Madras plague regulations and rules for district municipalities and other towns and villages
Disease focus: Plague
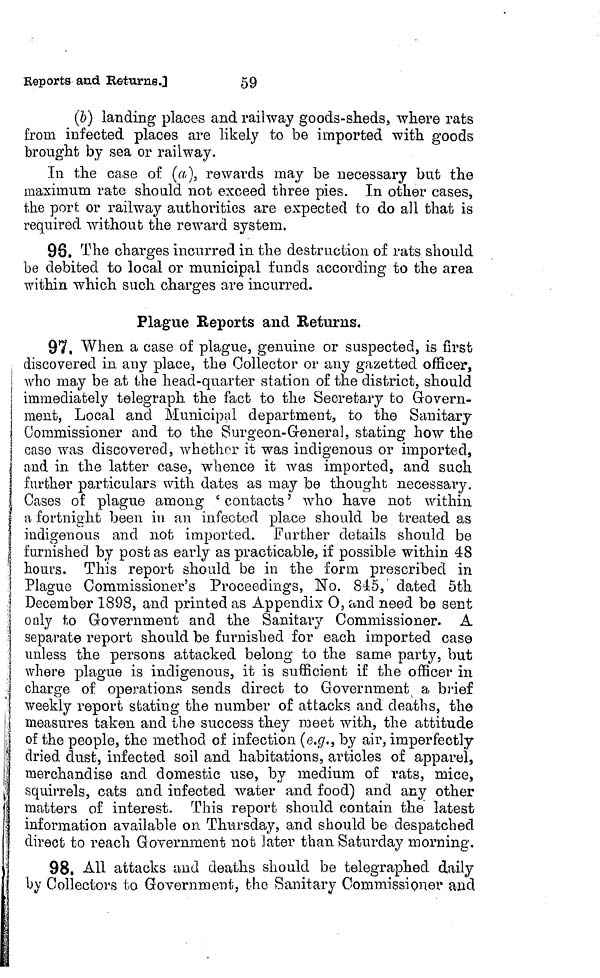
59
Eeports and Returns.]
(b) landing places and railway goods-sheds, where rats
from infected places are likely to be imported with goods
brought by sea or railway.
In the case of (a), rewards may be necessary but the
maximum rate should not exceed three pies. In other cases,
the port or railway authorities are expected to do all that is
required without the reward system.
98. The charges incurred in the destruction of rats should
he debited to local or municipal funds according to the area
within which such charges are incurred.
Plague Reports and Returns.
97, When a case of plague, genuine or suspected, is first
discovered in any place, the Collector or any gazetted officer,
who may be at the head-quarter station of the district, should
immediately telegraph the fact to the Secretary to Govern-
ment, Local and Municipal department, to the Sanitary
Commissioner and to the Surgeon-General, stating how the
case was discovered, whether it was indigenous or imported,
and in the latter case, whence it was imported, and such
further particulars with dates as may be thought necessary.
Cases of plague among ' contacts ' who have not within
a fortnight been in an infected place should be treated as
indigenous and not imported. Further details should be
furnished by post as early as practicable, if possible within 48
hours. This report should be in the form prescribed in
Plague Commissioner's Proceedings, No. 845, dated 5th
December 1898, and printed as Appendix 0, and need be sent
only !;o Government and the Sanitary Commissioner. A
separate report should be furnished for each imported caso
unless the persons attacked belong to the same party, but
where plague is indigenous, it is sufficient if the officer in
charge of operations sends direct to Government a brief
weekly report stating the number of attacks and deaths, the
measures taken and the success they meet with, the attitude
of the people, the method of infection (e.g., by air, imperfectly
dried dust, infected soil and habitations, articles of apparel,
merchandise and domestic use, by medium of rats, mice,
squirrels, cats and infected water and food) and any other
matters of interest. This report should contain the latest
information available on Thursday, and should be despatched
direct fco reach Government not later than. Saturday morning.
98. All attacks and deaths should be telegraphed daily
by Collectors to Government, the Sanitary Commissioner and